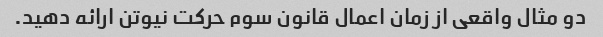
دو مثال واقعی از زمان اعمال قانون سوم حرکت نیوتن ارائه دهید.